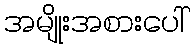
အမျိုးအစားပေါ်